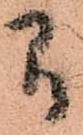
間